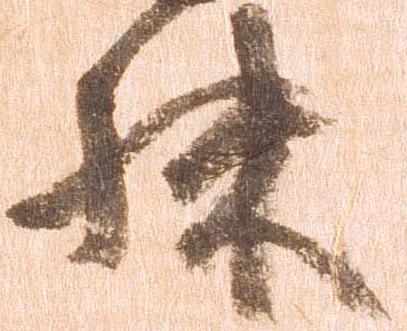
殊